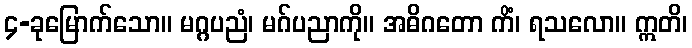
၄-ခုမြောက်သော။ မဂ္ဂပညံ၊ မဂ်ပညာကို။ အဓိဂတော ကိံ၊ ရသလော။ ဣတိ၊